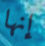
إنها